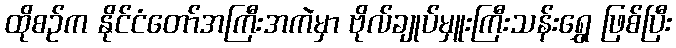
ထိုစဉ်က နိုင်ငံတော်အကြီးအကဲမှာ ဗိုလ်ချုပ်မှူးကြီးသန်းရွှေ ဖြစ်ပြီး